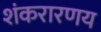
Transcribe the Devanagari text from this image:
शंकरारणय